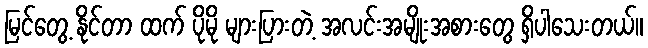
မြင်တွေ့ နိုင်တာ ထက် ပိုမို များပြားတဲ့ အလင်းအမျိုးအစားတွေ ရှိပါသေးတယ်။